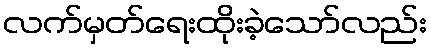
လက်မှတ်ရေးထိုးခဲ့သော်လည်း